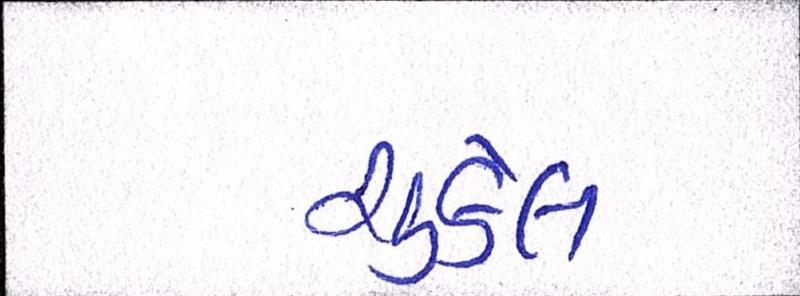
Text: ચુકેલ